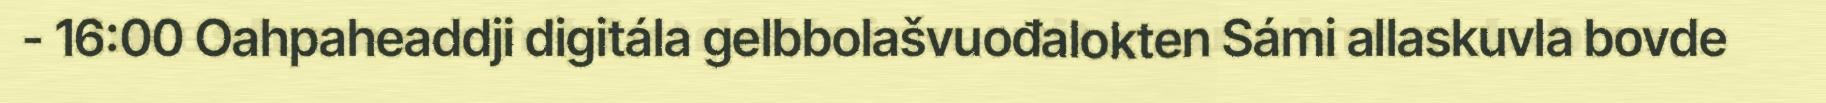
- 16:00 Oahpaheaddji digitála gelbbolašvuođalokten Sámi allaskuvla bovde